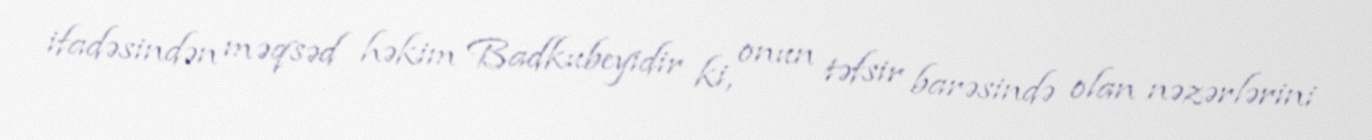
ifadəsindən məqsəd həkim Badkubeyidir ki, onun təfsir barəsində olan nəzərlərini